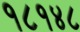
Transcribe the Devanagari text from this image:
१८१४८